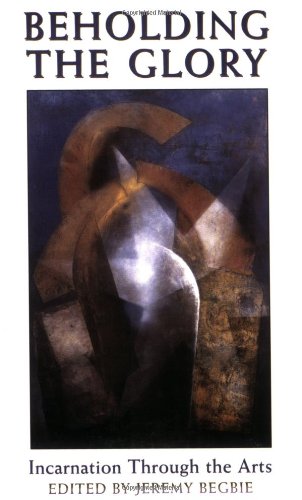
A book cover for Beholding the Glory: Incarnation through the Arts; Arts & Photography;